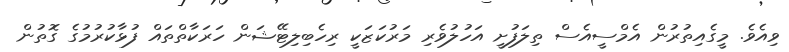
ވިއެވެ. މީގެއިތުރުން އެމްސީއެސް ތިލަފުށީ އަހުލުވެރި މަރުކަޒަކީ ރިހެބިލިޓޭޝަން ހަރަކާތްތައް ފުޅާކުރުމުގެ ގޮތުން